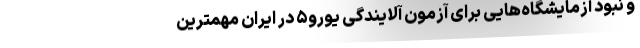
و نبود آزمایشگاه‌هایی برای آزمون آلایندگی یورو۵ در ایران مهمترین